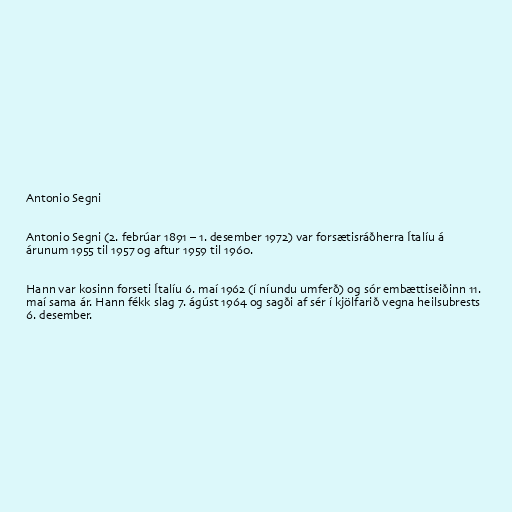
Antonio Segni

Antonio Segni (2. febrúar 1891 – 1. desember 1972) var forsætisráðherra Ítalíu á
árunum 1955 til 1957 og aftur 1959 til 1960.

Hann var kosinn forseti Ítalíu 6. maí 1962 (í níundu umferð) og sór embættiseiðinn 11.
maí sama ár. Hann fékk slag 7. ágúst 1964 og sagði af sér í kjölfarið vegna heilsubrests
6. desember.